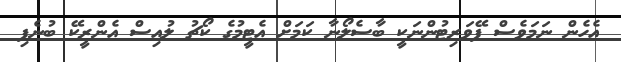
އެހެން ނަމަވެސް ފޭވަރިޓުންނަކީ ބާސެލޯނާ ކަމަށް އެޓީމުގެ ކޯޗު ލުއިސް އެންރީކޭ ބުނެފި